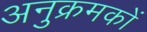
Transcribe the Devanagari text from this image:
अनुक्रमकों